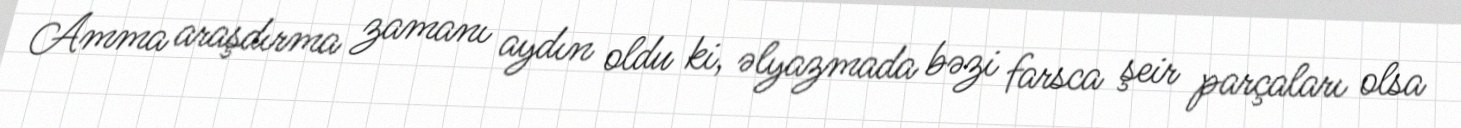
Amma araşdırma zamanı aydın oldu ki, əlyazmada bəzi farsca şeir parçaları olsa